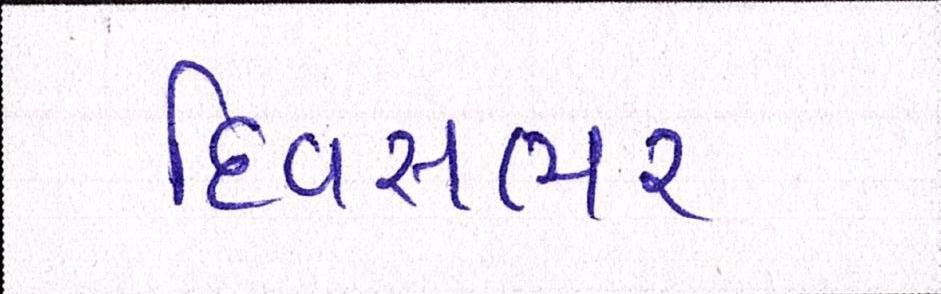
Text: દિવસભર